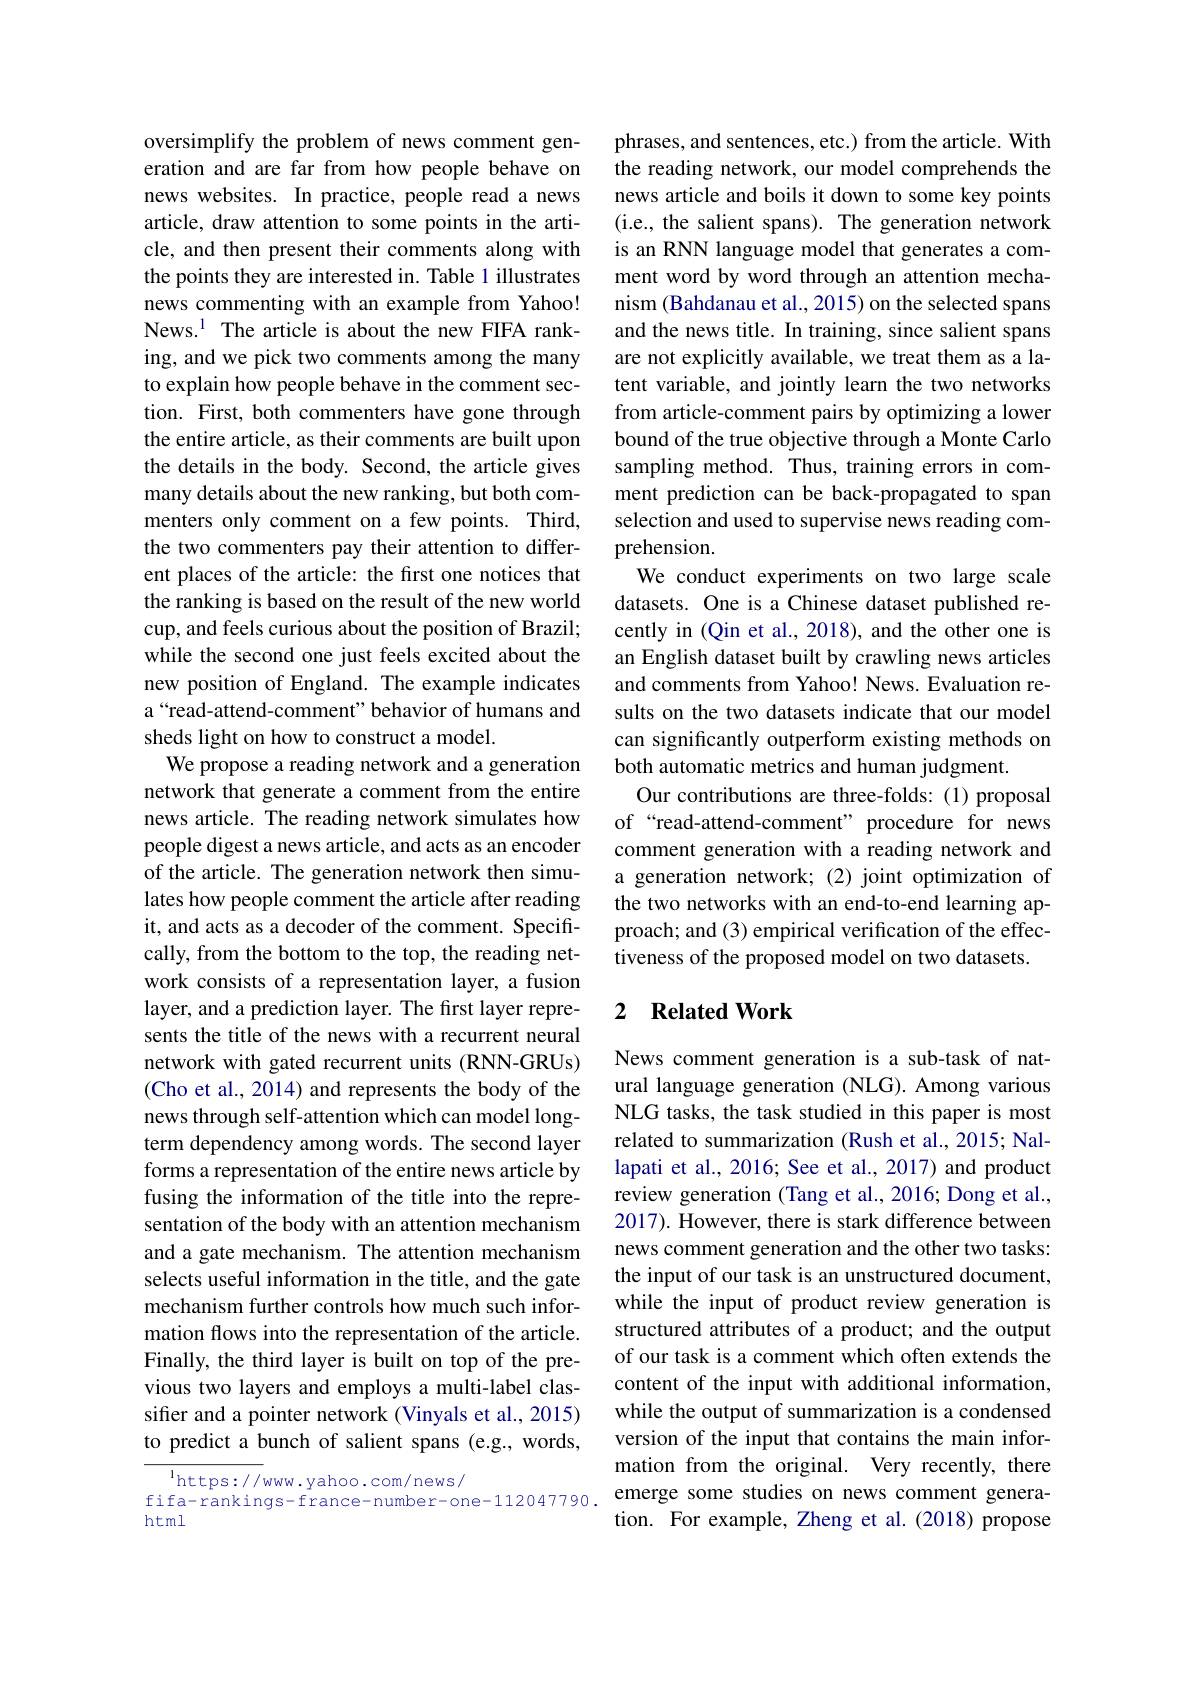
oversimplify the problem of news comment generation and are far from how people behave on news websites. In practice, people read a news article, draw attention to some points in the article, and then present their comments along with the points they are interested in. Table 1 illustrates news commenting with an example from Yahoo! News.$^{1}$ The article is about the new FIFA ranking, and we pick two comments among the many to explain how people behave in the comment section. First, both commenters have gone through the entire article, as their comments are built upon the details in the body. Second, the article gives many details about the new ranking, but both commenters only comment on a few points. Third, the two commenters pay their attention to different places of the article: the first one notices that the ranking is based on the result of the new world cup, and feels curious about the position of Brazil; while the second one just feels excited about the new position of England. The example indicates a“read-attend-comment”behavior of humans and sheds light on how to construct a model
We propose a reading network and a generation network that generate a comment from the entire news article. The reading network simulates how people digest a news article, and acts as an encoder of the article. The generation network then simulates how people comment the article after reading it, and acts as a decoder of the comment. Specifically, from the bottom to the top, the reading network consists of a representation layer, a fusion layer, and a prediction layer. The first layer represents the title of the news with a recurrent neural network with gated recurrent units (RNN-GRUs) (Cho et al., 2014) and represents the body of the news through self-attention which can model longterm dependency among words. The second layer forms a representation of the entire news article by fusing the information of the title into the representation of the body with an attention mechanism and a gate mechanism. The attention mechanism selects useful information in the title, and the gate mechanism further controls how much such information flows into the representation of the article. Finally, the third layer is built on top of the previous two layers and employs a multi-label classifer and a pointer network (Vinyals et al., 2015) to predict a bunch of salient spans (e.g., words,

$^{1}$https://www.yahoo.com/news/
html

phrases, and sentences, etc.) from the article. With the reading network, our model comprehends the news article and boils it down to some key points (i.e., the salient spans). The generation network is an RNN language model that generates a comment word by word through an attention mechanism (Bahdanau et al., 2015) on the selected spans and the news title. In training, since salient spans are not explicitly available, we treat them as a latent variable, and jointly learn the two networks from article-comment pairs by optimizing a lower bound of the true objective through a Monte Carlo sampling method. Thus, training errors in comment prediction can be back-propagated to span selection and used to supervise news reading comprehension.
We conduct experiments on two large scale datasets. One is a Chinese dataset published recently in (Qin et al., 2018), and the other one is an English dataset built by crawling news articles and comments from Yahoo! News. Evaluation results on the two datasets indicate that our model can significantly outperform existing methods on both automatic metrics and human judgment.
Our contributions are three-folds: (1)proposal of“read-attend-comment” procedure for news comment generation with a reading network and a generation network; (2) joint optimization of the two networks with an end-to-end learning approach; and (3) empirical verification of the effectiveness of the proposed model on two datasets.

## 2 $\textbf{Related Work}$

News comment generation is a sub-task of natural language generation (NLG). Among various NLG tasks, the task studied in this paper is most related to summarization (Rush et al., 2015; Nallapati et al., 2016; See et al., 2017) and product review generation (Tang et al., 2016; Dong et al., 2017). However, there is stark difference between news comment generation and the other two tasks: the input of our task is an unstructured document, while the input of product review generation is structured attributes of a product; and the output of our task is a comment which often extends the content of the input with additional information, while the output of summarization is a condensed version of the input that contains the main information from the original. Very recently, there
fifa-rankings-france-number-one-112047790. emerge some studies on news comment genera-
tion. For example, Zheng et al.(2018) propose